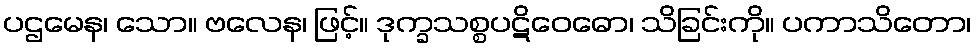
ပဌမေန၊ သော။ ဗလေန၊ ဖြင့်။ ဒုက္ခသစ္စပဋိဝေဓော၊ သိခြင်းကို။ ပကာသိတော၊